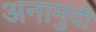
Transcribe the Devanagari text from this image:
अनामुदी